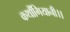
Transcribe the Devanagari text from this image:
कथौंगियानी।।